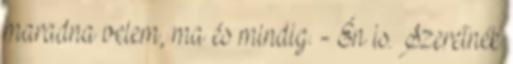
maradna velem, ma és mindig. - Én is. Szeretnék